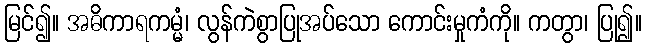
မြင်၍။ အဓိကာရကမ္မံ၊ လွန်ကဲစွာပြုအပ်သော ကောင်းမှုကံကို။ ကတွာ၊ ပြု၍။